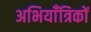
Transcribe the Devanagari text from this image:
अभियाँत्रिकों